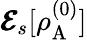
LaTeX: \pmb{\mathcal{E}}_{s}[\rho_{\mathrm{A}}^{(0)}]